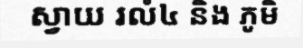
ស្វាយ រលំ៤ និង ភូមិ